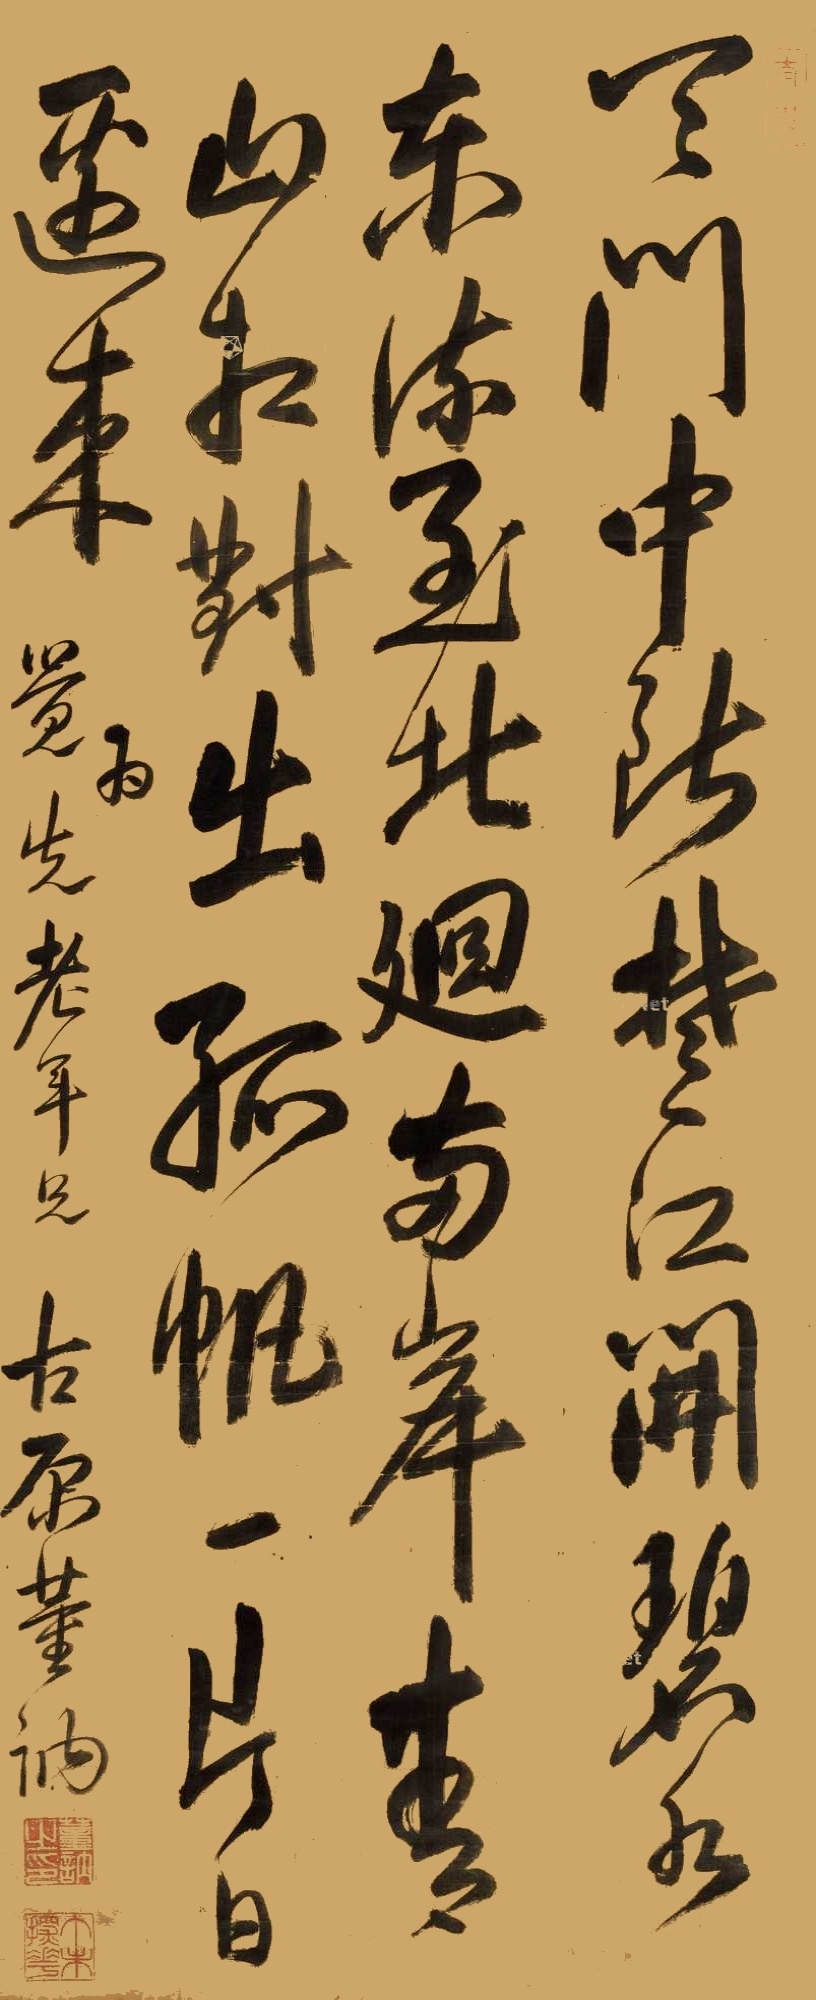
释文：天门中断楚江开，碧水东流至此回。两岸青山相对出，孤帆一片日边来。为觉先老年兄，古原董讷。